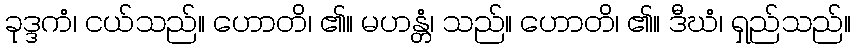
ခုဒ္ဒကံ၊ ငယ်သည်။ ဟောတိ၊ ၏။ မဟန္တံ၊ သည်။ ဟောတိ၊ ၏။ ဒီဃံ၊ ရှည်သည်။